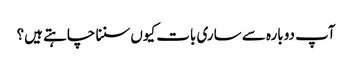
‏ آپ دوبارہ سے ساری بات کیوں سننا چاہتے ہیں؟